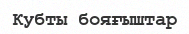
Кубты бояғыштар